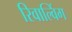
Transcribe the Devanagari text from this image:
रिवाल्विंग